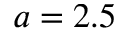
a = 2 . 5